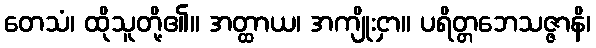
တေသံ၊ ထိုသူတို့၏။ အတ္ထာယ၊ အကျိုးငှာ။ ပရိတ္တဘေသဇ္ဇာနိ၊